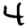
Digit: 4